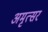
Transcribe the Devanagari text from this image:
अमृत्सर